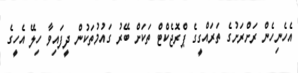
އެހެނިހެން ރަށްރަށުގެ ތަރައްގީގެ ޕްރޮޖެކްޓް ތަކަށް ބޭރު ގައުމުތަކުން ދީފައިވާ ހިލޭ އެހީގެ